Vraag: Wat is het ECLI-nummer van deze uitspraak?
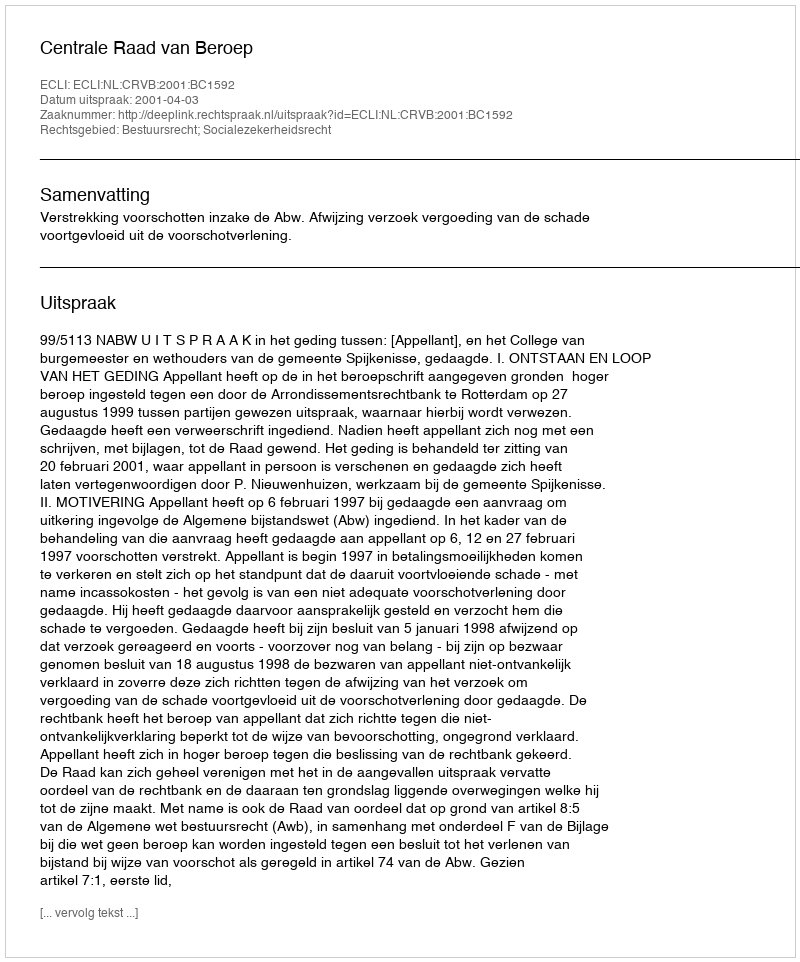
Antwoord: ECLI:NL:CRVB:2001:BC1592